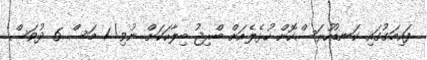
ފައިމަގުގައި ކަނޑުހުރަސްކޮށް ހުޅެލެއަށް ބްރިޖު ބިލާހަކަށް ނުވި! 1 މަސް 6 ދުވަސް